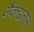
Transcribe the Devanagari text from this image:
मैकडानेल